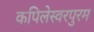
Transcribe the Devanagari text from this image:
कपिलेस्वरपुरम